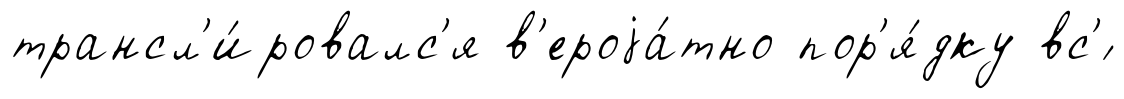
трансл'и́ровалс'я в'ероjа́тно пор'я́дку вс'́